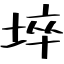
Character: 埣